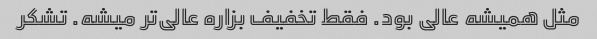
مثل همیشه عالی بود. فقط تخفیف بزاره عالی‌تر میشه. تشکر